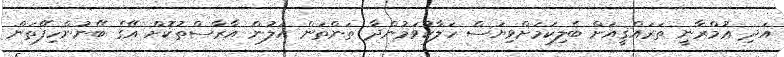
އަދި ޢުމްރާނީ ތަރައްޤީއަށް ބެލިކަމަށްވިޔަސް ހަލާކުވަމުންދާ ތަންތަން އަލުން އާރާސްތުކޮށް އޭގެ ބޭނުންހިފޭތަން